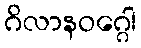
ဂိလာနဝဂ္ဂေါ